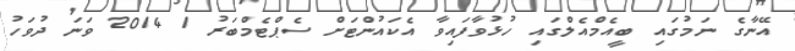
އޭނާގެ ނަމުގައި ބީއެމްއެލްގައި ހުޅުވާފައިވާ އެކައުންޓަށް ސެޕްޓެމްބަރު 1 2014 ވަނަ ދުވަހު